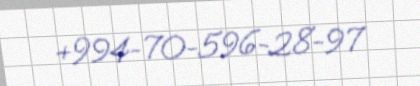
+994-70-596-28-97